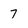
Character: 7